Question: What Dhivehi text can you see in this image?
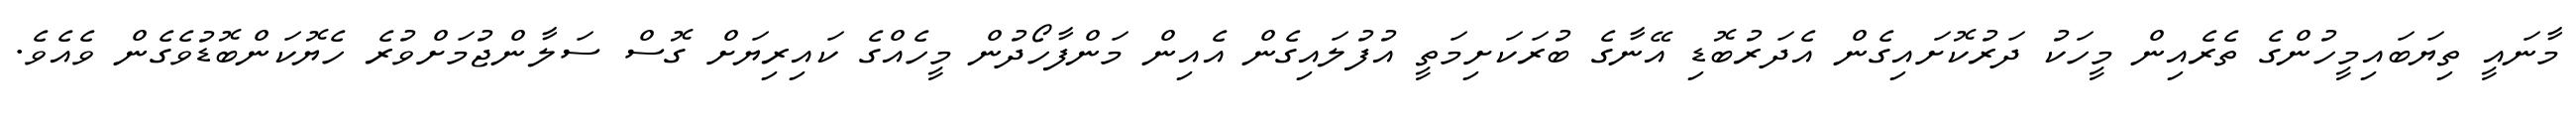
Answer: މާނައީ ތިޔަބައިމީހުންގެ ތެރެއިން މީހަކު ދަރުކޮށައިގެން އެދަރުބޮޑި އޭނާގެ ބުރަކަށިމަތީ އުފުލައިގެން އެއިން މަންފާހޯދުން މީހެއްގެ ކައިރިޔަށް ގޮސް ސަލާންޖުމަށްވުރެ ހެޔޮކަންބޮޑުވެގެން ވެއެވެ.